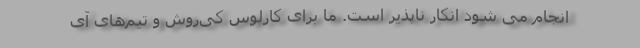
انجام می شود انکار ناپذیر است. ما برای کارلوس کی‌روش و تیم‌های آی